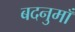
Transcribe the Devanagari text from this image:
बदनुमाँ